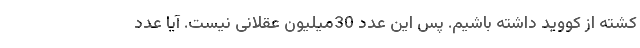
کشته از کووید داشته باشیم. پس این عدد 30میلیون عقلانی نیست. آیا عدد